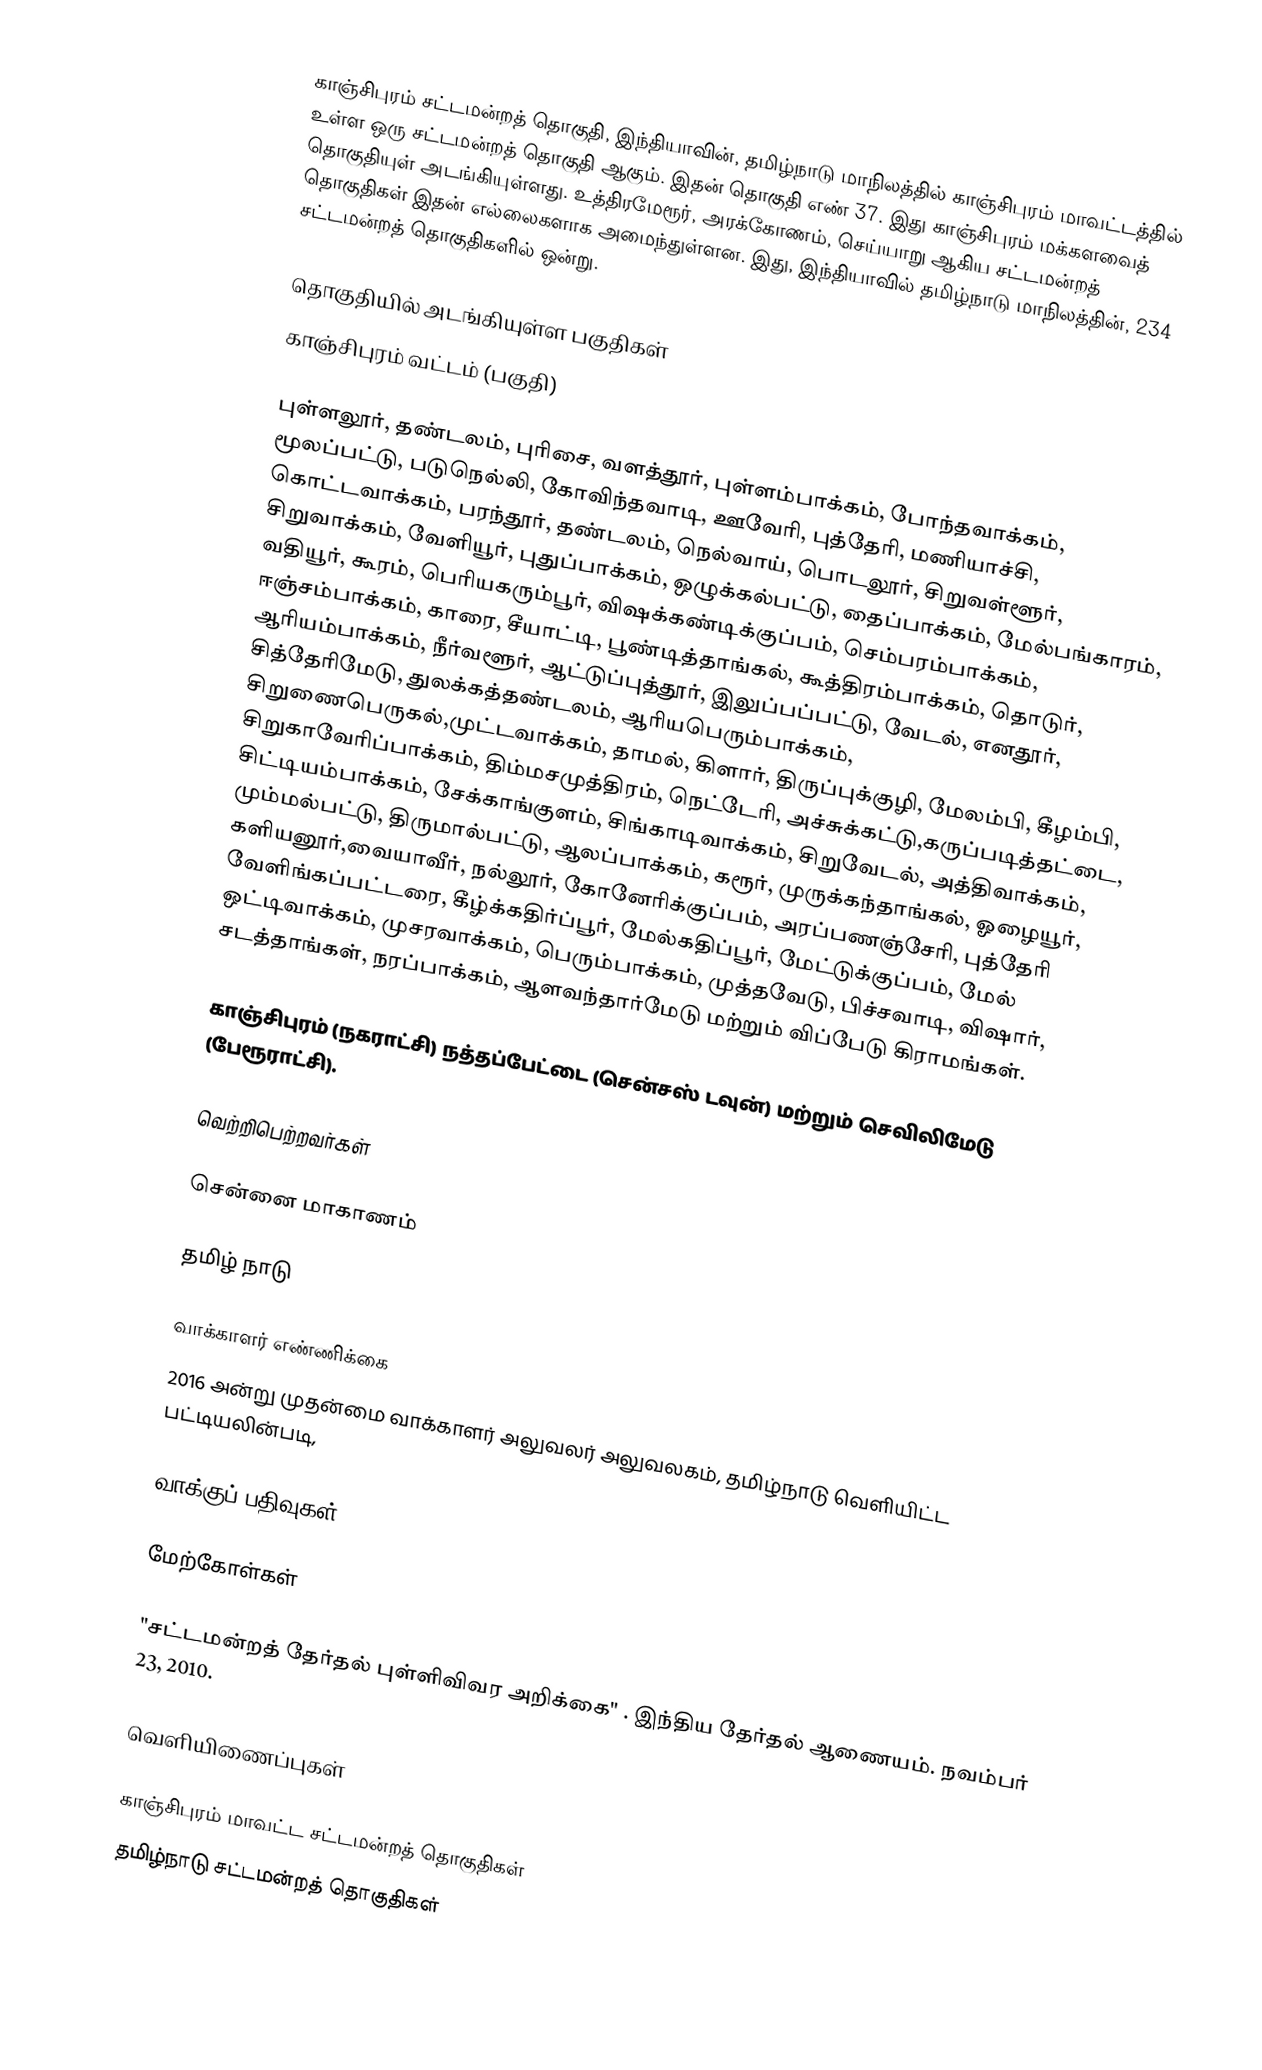
காஞ்சிபுரம் சட்டமன்றத் தொகுதி, இந்தியாவின், தமிழ்நாடு மாநிலத்தில்  காஞ்சிபுரம் மாவட்டத்தில் உள்ள ஒரு சட்டமன்றத் தொகுதி ஆகும். இதன் தொகுதி எண் 37. இது காஞ்சிபுரம் மக்களவைத் தொகுதியுள் அடங்கியுள்ளது. உத்திரமேரூர், அரக்கோணம், செய்யாறு ஆகிய சட்டமன்றத் தொகுதிகள் இதன் எல்லைகளாக அமைந்துள்ளன. இது, இந்தியாவில் தமிழ்நாடு மாநிலத்தின், 234 சட்டமன்றத் தொகுதிகளில் ஒன்று.

தொகுதியில் அடங்கியுள்ள பகுதிகள்
 காஞ்சிபுரம் வட்டம் (பகுதி)

புள்ளலூர், தண்டலம், புரிசை, வளத்தூர், புள்ளம்பாக்கம், போந்தவாக்கம், மூலப்பட்டு, படுநெல்லி, கோவிந்தவாடி, ஊவேரி, புத்தேரி, மணியாச்சி, கொட்டவாக்கம், பரந்தூர், தண்டலம், நெல்வாய், பொடலூர், சிறுவள்ளூர், சிறுவாக்கம், வேளியூர், புதுப்பாக்கம், ஒழுக்கல்பட்டு, தைப்பாக்கம், மேல்பங்காரம், வதியூர், கூரம், பெரியகரும்பூர், விஷக்கண்டிக்குப்பம், செம்பரம்பாக்கம், ஈஞ்சம்பாக்கம், காரை, சீயாட்டி, பூண்டித்தாங்கல், கூத்திரம்பாக்கம், தொடுர், ஆரியம்பாக்கம், நீர்வளூர், ஆட்டுப்புத்தூர், இலுப்பப்பட்டு, வேடல், எனதூர், சித்தேரிமேடு, துலக்கத்தண்டலம், ஆரியபெரும்பாக்கம், சிறுணைபெருகல்,முட்டவாக்கம், தாமல், கிளார், திருப்புக்குழி, மேலம்பி, கீழம்பி, சிறுகாவேரிப்பாக்கம், திம்மசமுத்திரம், நெட்டேரி, அச்சுக்கட்டு,கருப்படித்தட்டை, சிட்டியம்பாக்கம், சேக்காங்குளம், சிங்காடிவாக்கம், சிறுவேடல், அத்திவாக்கம், மும்மல்பட்டு, திருமால்பட்டு, ஆலப்பாக்கம், கரூர், முருக்கந்தாங்கல், ஓழையூர், களியனூர்,வையாவீர், நல்லூர், கோனேரிக்குப்பம், அரப்பணஞ்சேரி, புத்தேரி வேளிங்கப்பட்டரை, கீழ்க்கதிர்ப்பூர், மேல்கதிப்பூர், மேட்டுக்குப்பம், மேல் ஒட்டிவாக்கம், முசரவாக்கம், பெரும்பாக்கம், முத்தவேடு, பிச்சவாடி, விஷார், சடத்தாங்கள், நரப்பாக்கம், ஆளவந்தார்மேடு மற்றும் விப்பேடு கிராமங்கள்.

காஞ்சிபுரம் (நகராட்சி) நத்தப்பேட்டை (சென்சஸ் டவுன்) மற்றும் செவிலிமேடு (பேரூராட்சி).

வெற்றிபெற்றவர்கள்

சென்னை மாகாணம்

தமிழ் நாடு

வாக்காளர் எண்ணிக்கை
2016 அன்று முதன்மை வாக்காளர் அலுவலர் அலுவலகம், தமிழ்நாடு வெளியிட்ட பட்டியலின்படி,

வாக்குப் பதிவுகள்

மேற்கோள்கள்

 "சட்டமன்றத் தேர்தல் புள்ளிவிவர அறிக்கை" . இந்திய தேர்தல் ஆணையம்.  நவம்பர் 23, 2010.

வெளியிணைப்புகள்

காஞ்சிபுரம் மாவட்ட சட்டமன்றத் தொகுதிகள்
தமிழ்நாடு சட்டமன்றத் தொகுதிகள்